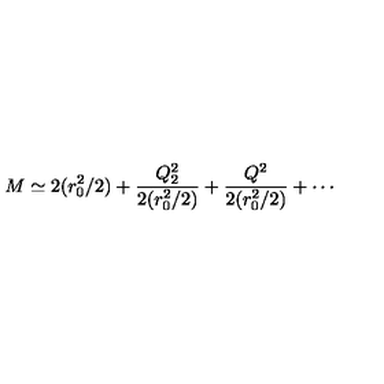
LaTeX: M \simeq 2 ( r _ { 0 } ^ { 2 } / 2 ) + \frac { Q _ { 2 } ^ { 2 } } { 2 ( r _ { 0 } ^ { 2 } / 2 ) } + \frac { Q ^ { 2 } } { 2 ( r _ { 0 } ^ { 2 } / 2 ) } + \cdots